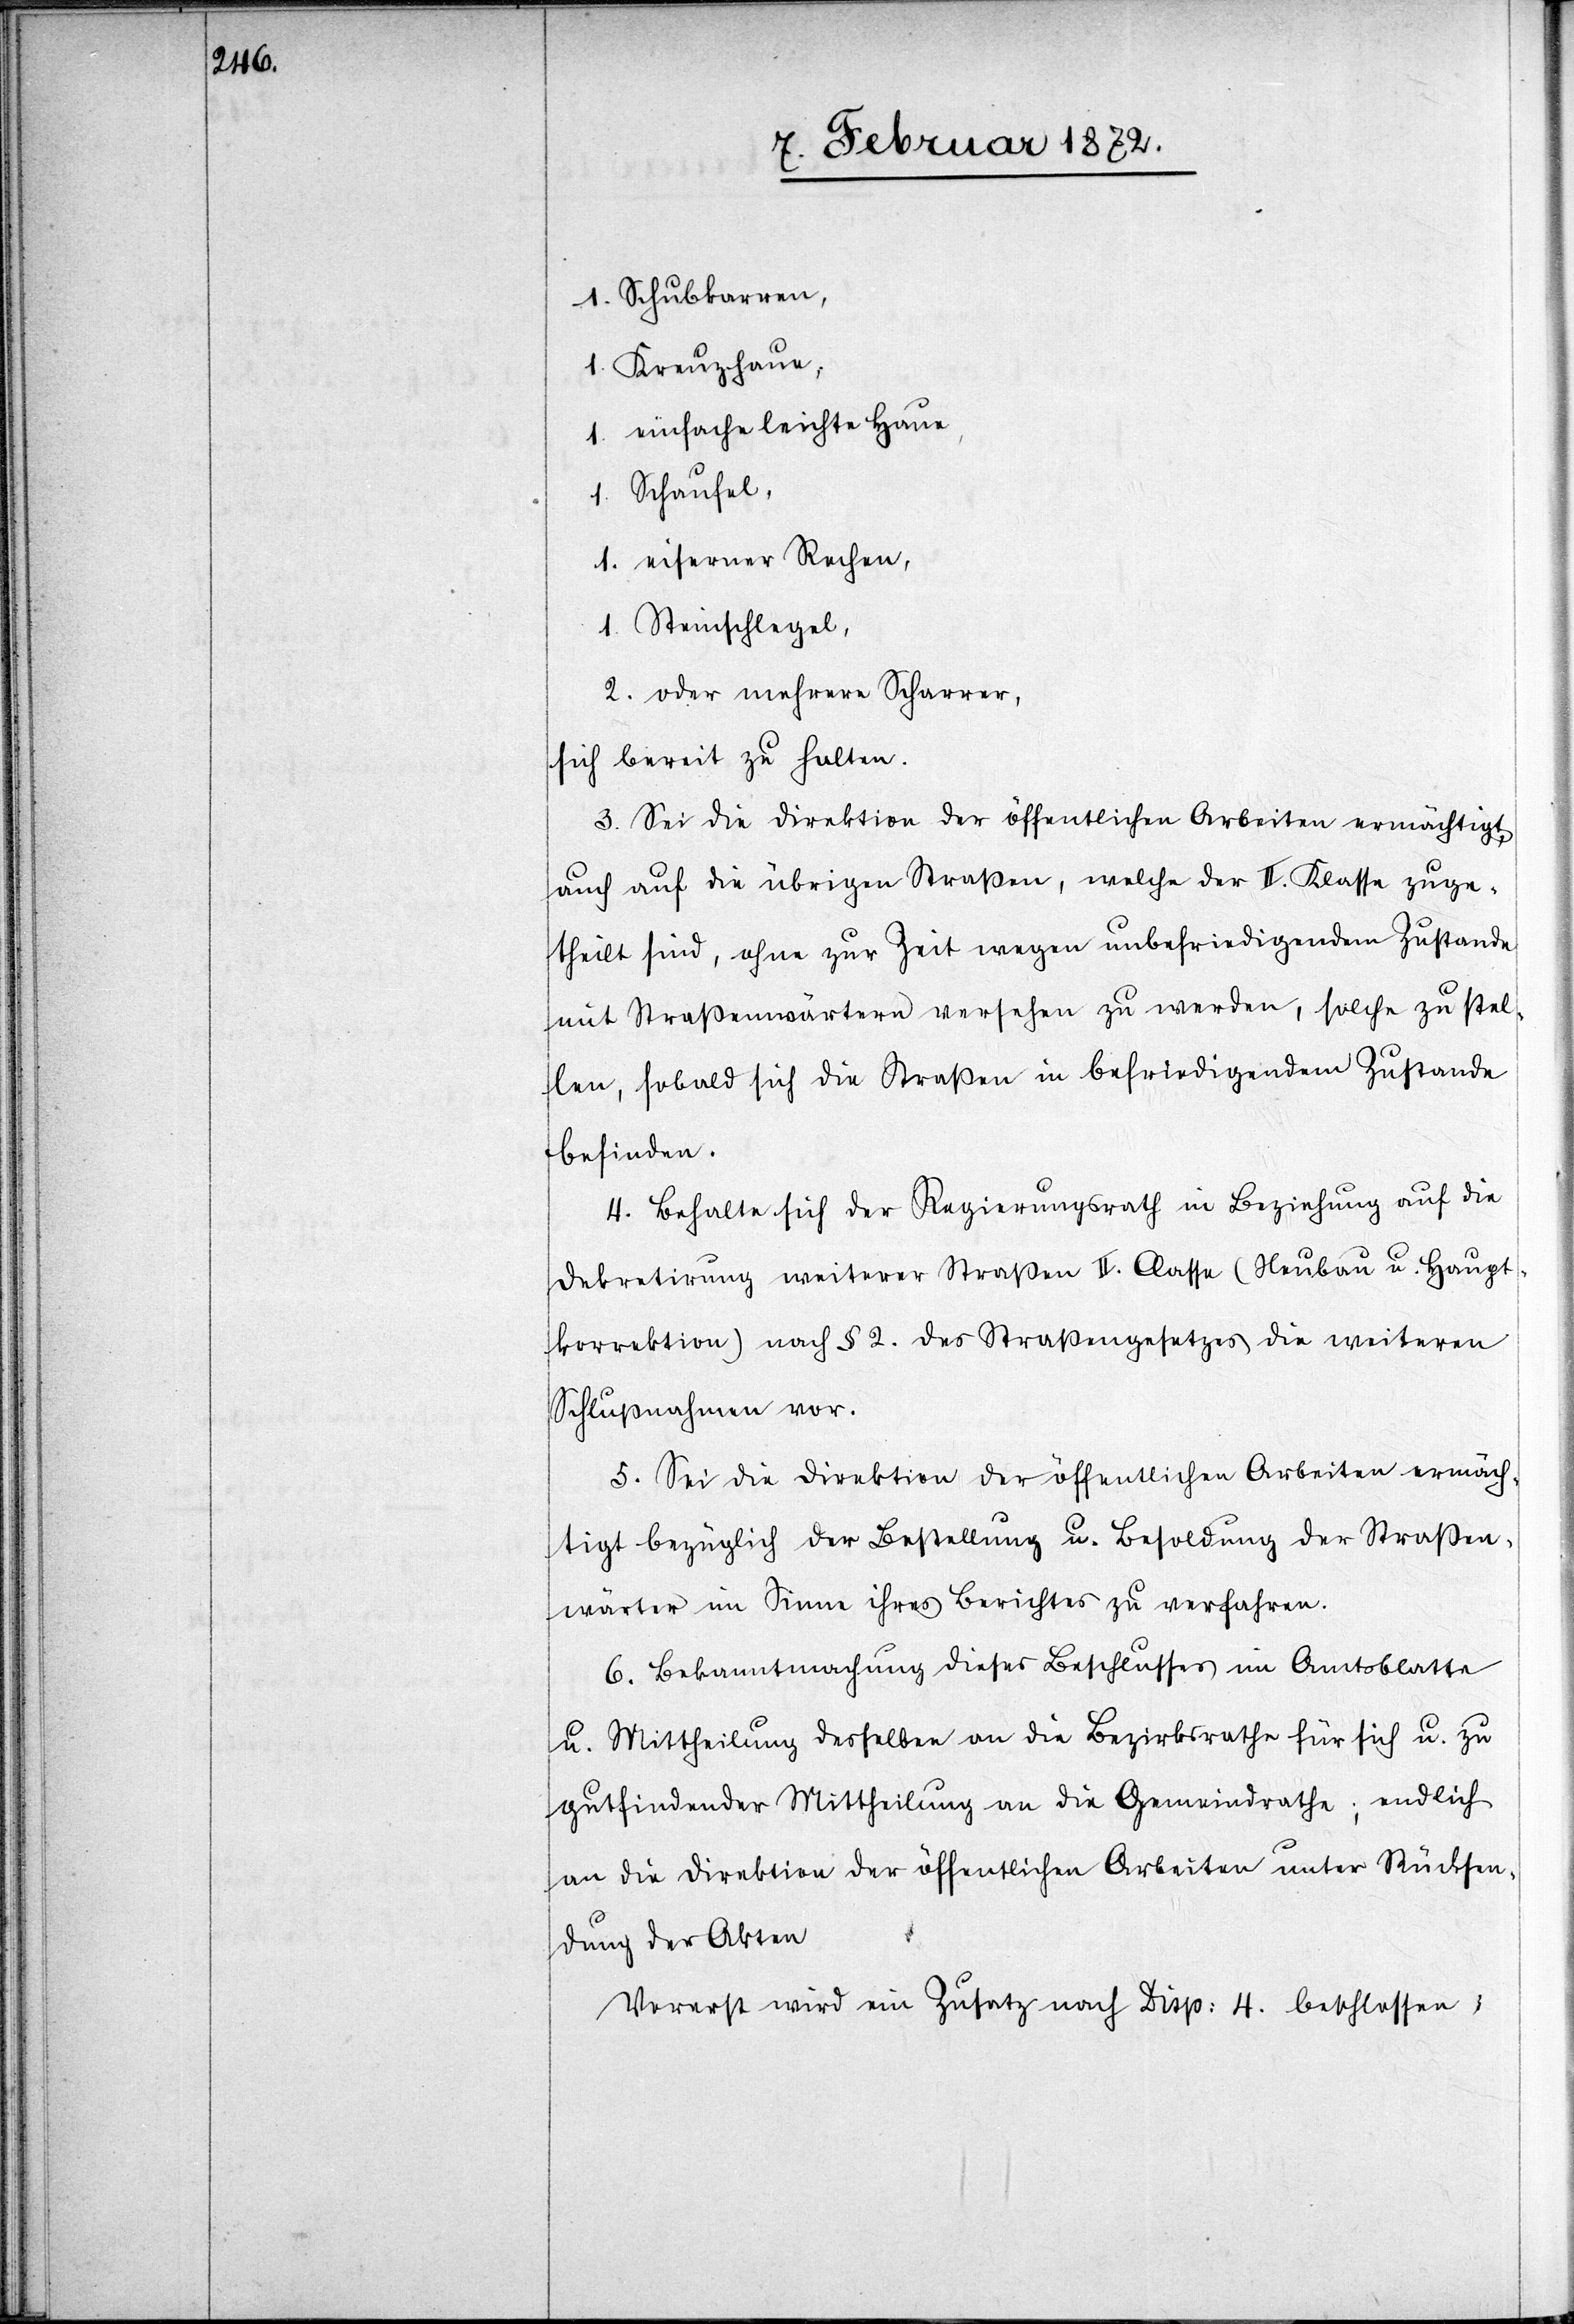
1. Schubkarren,
1. Kreuzhaue,
1. einfache leichte Haue,
1. Schaufel,
1. eiserner Rechen,
1. Steinschlegel,
2. oder mehrere Scharrer
sich bereit zu halten.
3. Sei die Direktion der öffentlichen Arbeiten ermächtigt,
auch auf die übrigen Straßen, welche der II. Klasse zuge¬
theilt sind, ohne zur Zeit wegen unbefriedigenden Zustande
mit Straßenwärtern versehen zu werden, solche zu stel¬
len, sobald sich die Straßen in befriedigendem Zustande
befinden.
4. Behalte sich der Regierungsrath in Beziehung auf die
Dekretirung weiterer Straßen II. Classe (Neubau u. Haupt¬
korrektion) nach § 2. des Straßengesetzes die weiteren
Schlußnahmen vor.
5. Sei die Direktion der öffentlichen Arbeiten ermäch¬
tigt bezüglich der Bestellung u. Besoldung der Straßen¬
wärter im Sinne ihres Berichtes zu verfahren.
6. Bekanntmachung dieses Beschlusses im Amtsblatte
u. Mittheilung desselben an die Bezirksrathe für sich u. zu
gutfindender Mittheilung an die Gemeindrathe [sic!]; endlich
an die Direktion der öffentlichen Arbeiten unter Rücksen¬
dung der Akten[.]
Vorerst wird ein Zusatz nach Disp. 4. beschlossen,